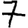
Digit: 7